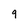
Character: 9